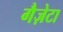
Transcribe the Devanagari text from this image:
गैज़ेटा